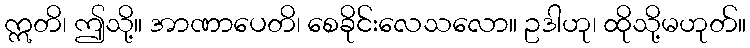
ဣတိ၊ ဤသို့။ အာဏာပေတိ၊ စေခိုင်းလေသလော။ ဥဒါဟု၊ ထိုသို့မဟုတ်။